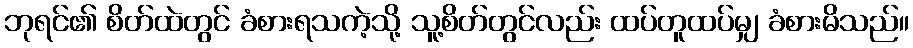
ဘုရင်၏ စိတ်ထဲတွင် ခံစားရသကဲ့သို့ သူ့စိတ်တွင်လည်း ထပ်တူထပ်မျှ ခံစားမိသည်။